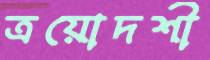
ত্রয়োদশী